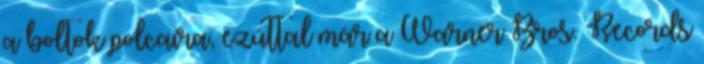
a boltok polcaira, ezúttal már a Warner Bros. Records